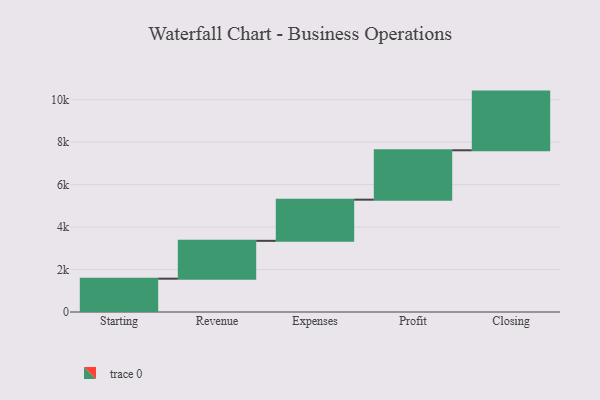
{"axis": {"x": "Step", "y": "Value"}, "legend": [""], "data": [{"x": "Starting", "y": 1569.0, "type": ""}, {"x": "Revenue", "y": 1782.0, "type": ""}, {"x": "Expenses", "y": 1939.0, "type": ""}, {"x": "Profit", "y": 2325.0, "type": ""}, {"x": "Closing", "y": 2763.0, "type": ""}]}